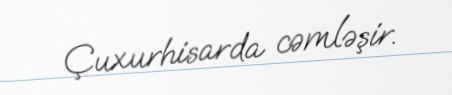
Çuxurhisarda cəmləşir.